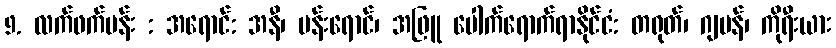
9. လက်ဖက်ပန်း : အရောင်: အနီ၊ ပန်းရောင်၊ အဖြူ ပေါက်ရောက်ရာနိုင်ငံ: တရုတ်၊ ဂျပန်၊ ကိုရီးယား